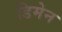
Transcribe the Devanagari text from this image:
डिमेन